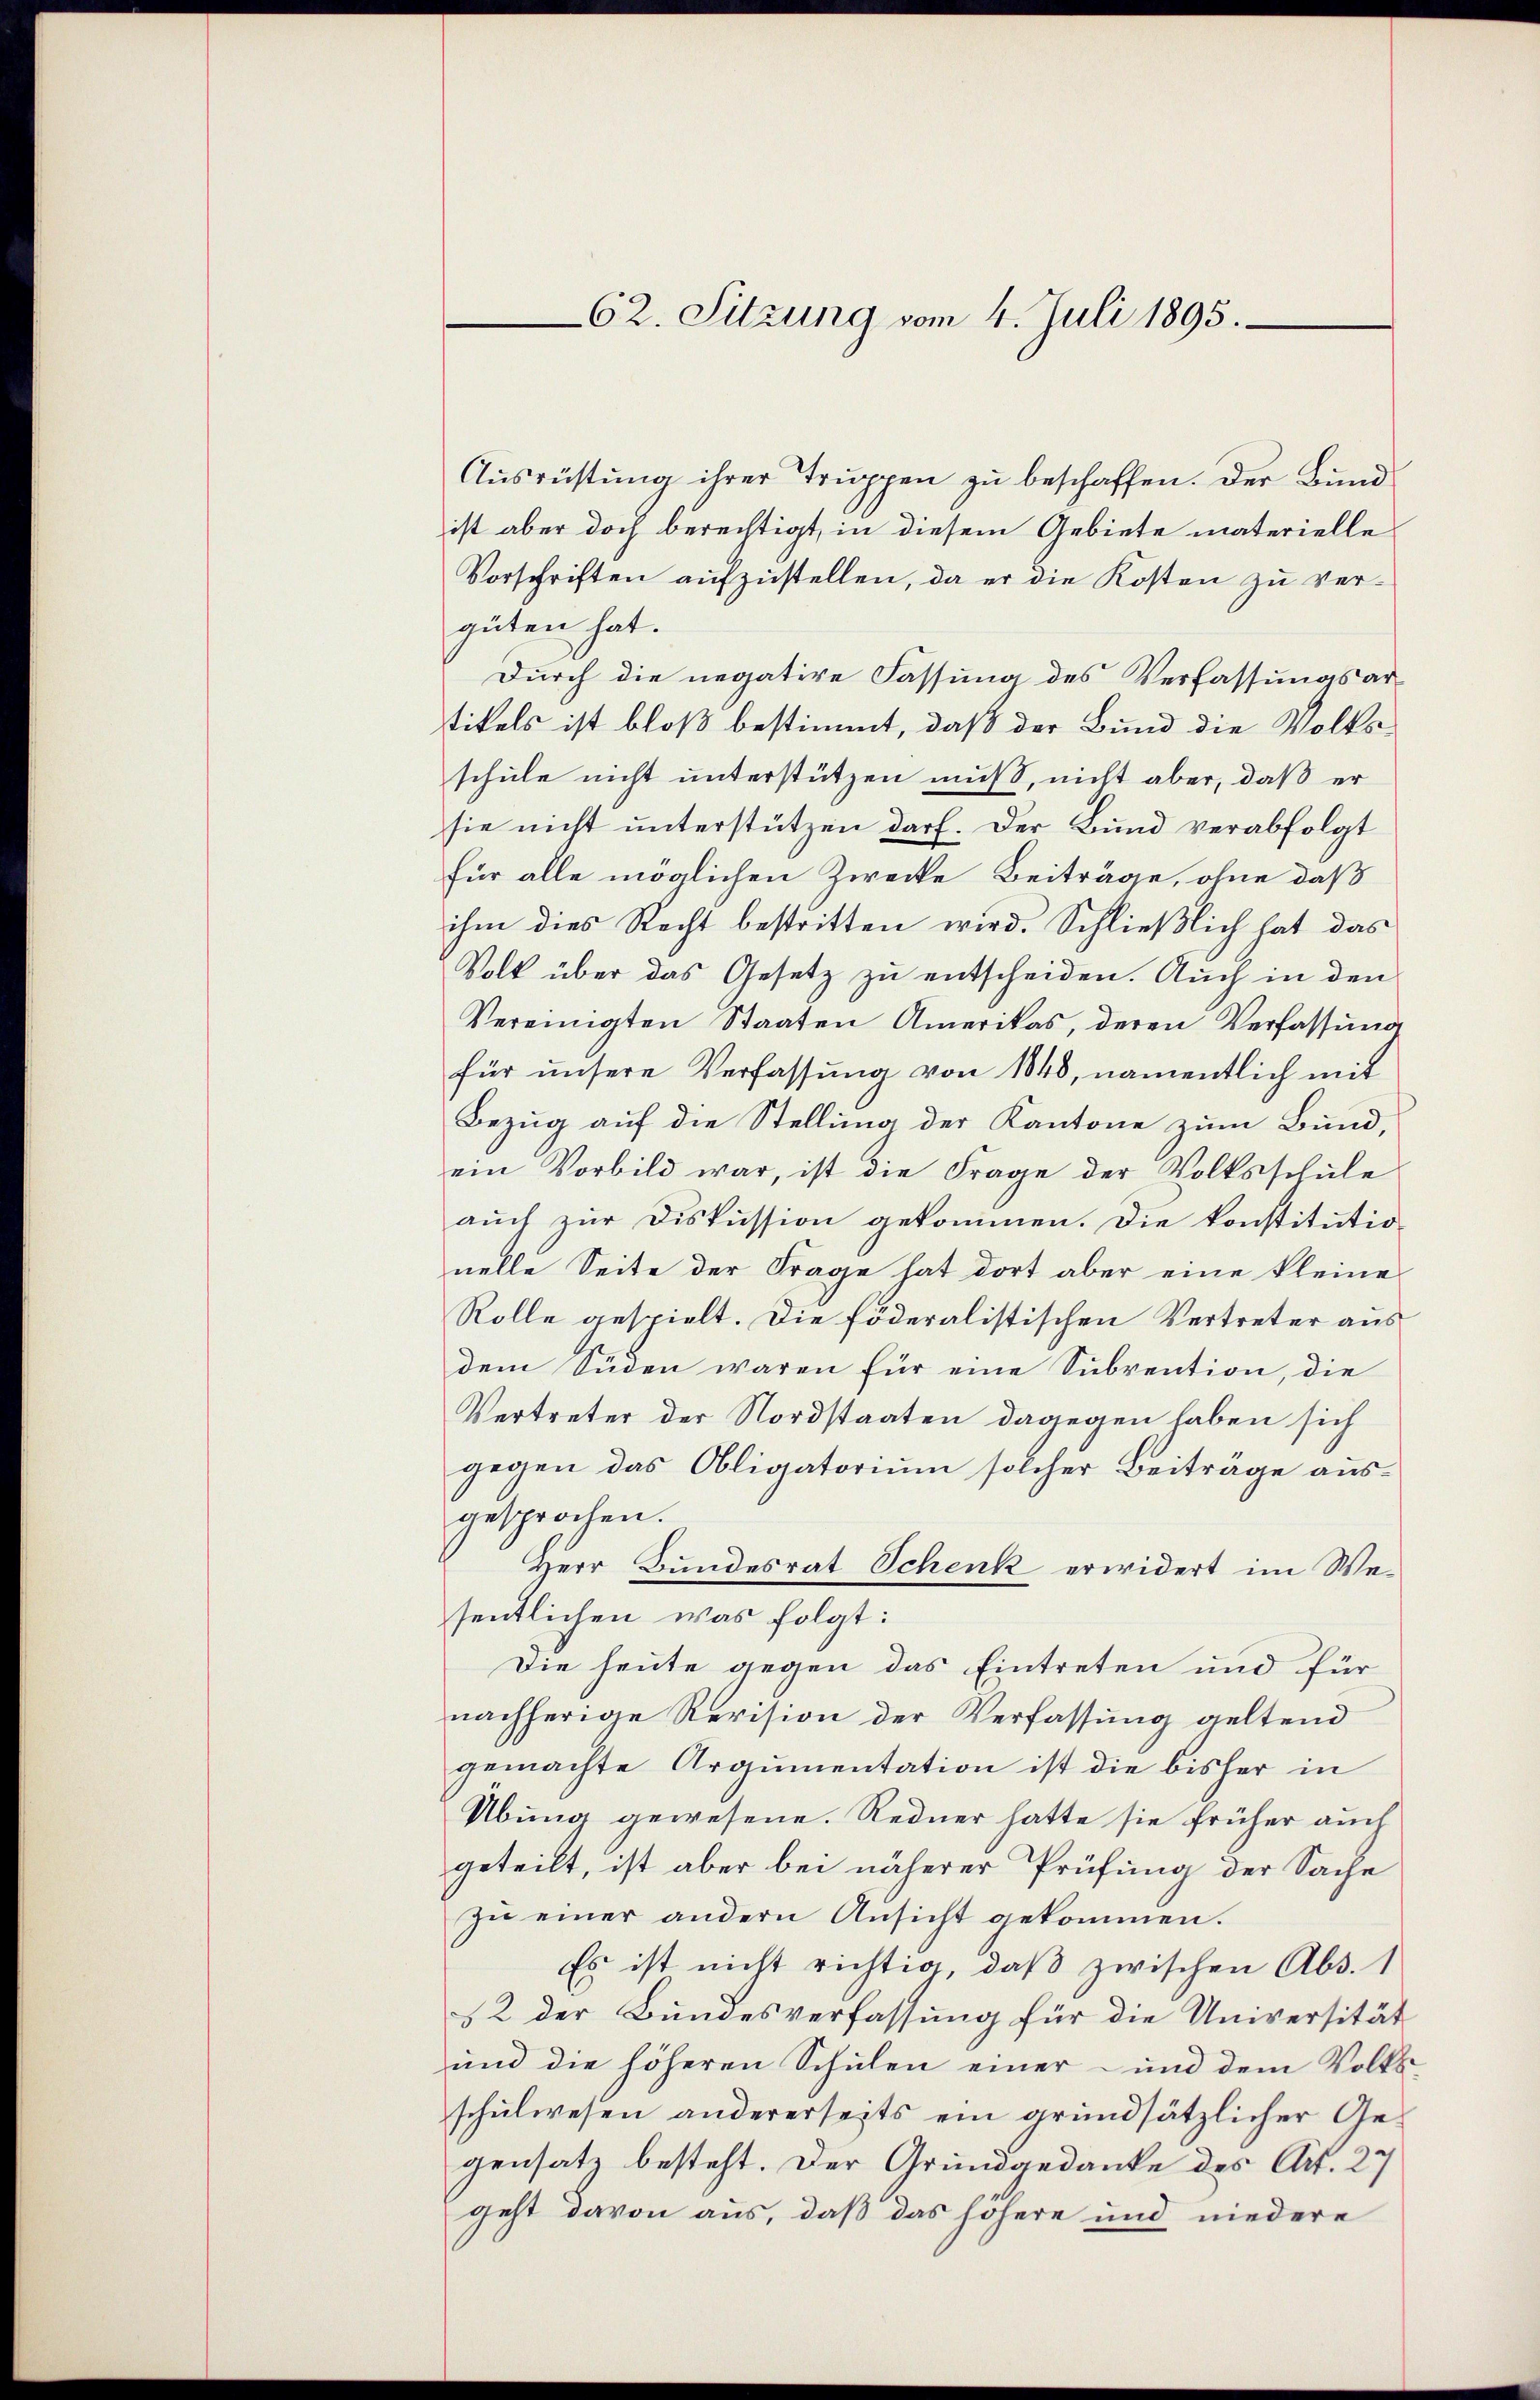
Ausrüstung ihrer Truppen zu beschaffen. Der Bund
ist aber doch berechtigt, in diesem Gebiete materielle
Vorschriften aufzustellen, da er die Kosten zu vergüten hat.
Durch die negative Fassung des Verfassungsartikels ist bloß bestimmt, daß der Bund die Volksschule nicht unterstützen muß, nicht aber, daß er
sie nicht unterstützen darf. Der Bund verabfolgt
für alle möglichen Zwecke Beiträge, ohne daß
ihm dies Recht bestritten wird. Schließlich hat das
Volk über das Gesetz zu entscheiden. Auch in den
Vereinigten Staaten Amerikas, deren Verfassung
für unsere Verfassung von 1848, namentlich mit
Bezug auf die Stellung der Kantone zum Bund,
ein Vorbild war, ist die Frage der Volksschŭle
aŭch zur Diskussion gekommen. Die konstitutio-
nelle Seite der Frage hat dort aber eine kleine
Rolle gespielt. Die föderalistischen Vertreter aus
dem Süden waren für eine Subvention, die
Vertreter der Nordstaaten dagegen haben sich
gegen das Obligatorium solcher Beiträge ausgesprochen.
Herr Bundesrat Schenk erwidert im Wesentlichen was folgt:
Die heute gegen das Eintreten und für
nachherige Revision der Verfassung geltend
gemachte Argumentation ist die bisher in
Übung gewesene Redner hatte sie früher auch
geteilt, ist aber bei näherer Prüfung der Sache
zŭ einer andern Ansicht gekommen.
Es ist nicht richtig, daß zwischen Abs. 1
12 der Bundesverfassung für die Universität
und die höheren Schulen einer und dem Volks-
schulwesen andererseits ein grundsätzlicher Gegensatz besteht. Der Grundgedanke des Art. 27
geht davon aus, daß das höhere und niedere

62. Sitzung vom 4. Juli 1895.